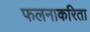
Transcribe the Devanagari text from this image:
फलनाकरिता